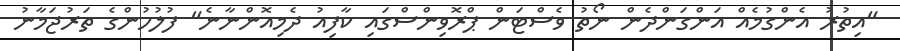
"އިތުރު އެންގުމެއް އަންގަންދެން ނޯތު ވެސްޓަން ޕްރޮވިންސްގައި ކާފިއު ދެމިއޮންނާނެ" ފުލުހުންގެ ތަރުޖަމާނު